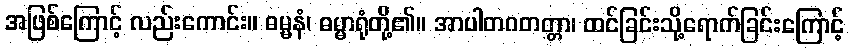
အဖြစ်ကြောင့် လည်းကောင်း။ ဓမ္မနံ၊ ဓမ္မာရုံတို့၏။ အာပါတဂတတ္တာ၊ ထင်ခြင်းသို့ရောက်ခြင်းကြောင့်